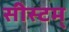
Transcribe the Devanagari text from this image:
सीस्टम्